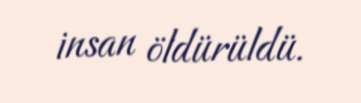
insan öldürüldü.